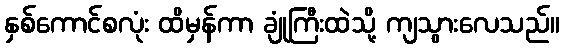
နှစ်ကောင်စလုံး ထိမှန်ကာ ချုံကြီးထဲသို့ ကျသွားလေသည်။